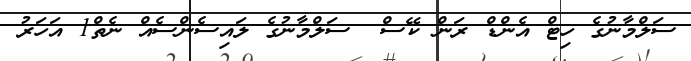
ސަލްމާނުގެ ހިޓް އެންޑް ރަން ކޭސް  ސަލްމާނުގެ ލައިސެންސެއް ނެތް1 އަހަރު